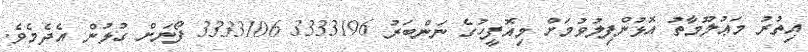
އިތުރު މަޢުލޫމާތު އޮޅުންފިލުވުމަށް މިއޮފީހުގެ ނަންބަރު 3333196 3333106 ފޯނަށް ގުޅުން އެދެމެވެ.